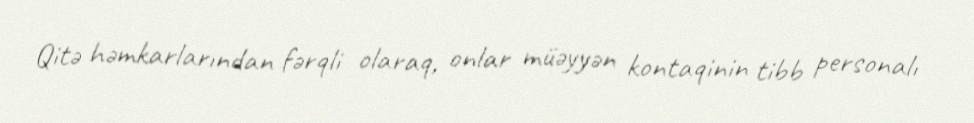
Qitə həmkarlarından fərqli olaraq, onlar müəyyən kontaqinin tibb personalı